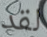
لقد